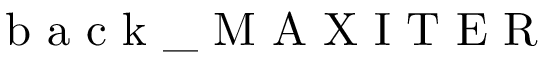
\mathrm { ~ b ~ a ~ c ~ k ~ \_ ~ M ~ A ~ X ~ I ~ T ~ E ~ R ~ }